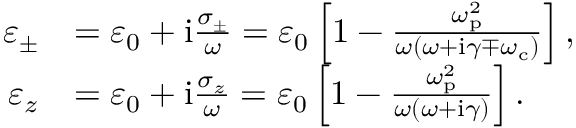
\begin{array} { r l } { \varepsilon _ { \pm } } & { = \varepsilon _ { 0 } + \mathrm { i } \frac { \sigma _ { \pm } } { \omega } = \varepsilon _ { 0 } \left[ 1 - \frac { \omega _ { \mathrm { p } } ^ { 2 } } { \omega ( \omega + \mathrm { i } \gamma \mp \omega _ { \mathrm { c } } ) } \right] , } \\ { \varepsilon _ { z } } & { = \varepsilon _ { 0 } + \mathrm { i } \frac { \sigma _ { z } } { \omega } = \varepsilon _ { 0 } \left[ 1 - \frac { \omega _ { \mathrm { p } } ^ { 2 } } { \omega ( \omega + \mathrm { i } \gamma ) } \right] . } \end{array}